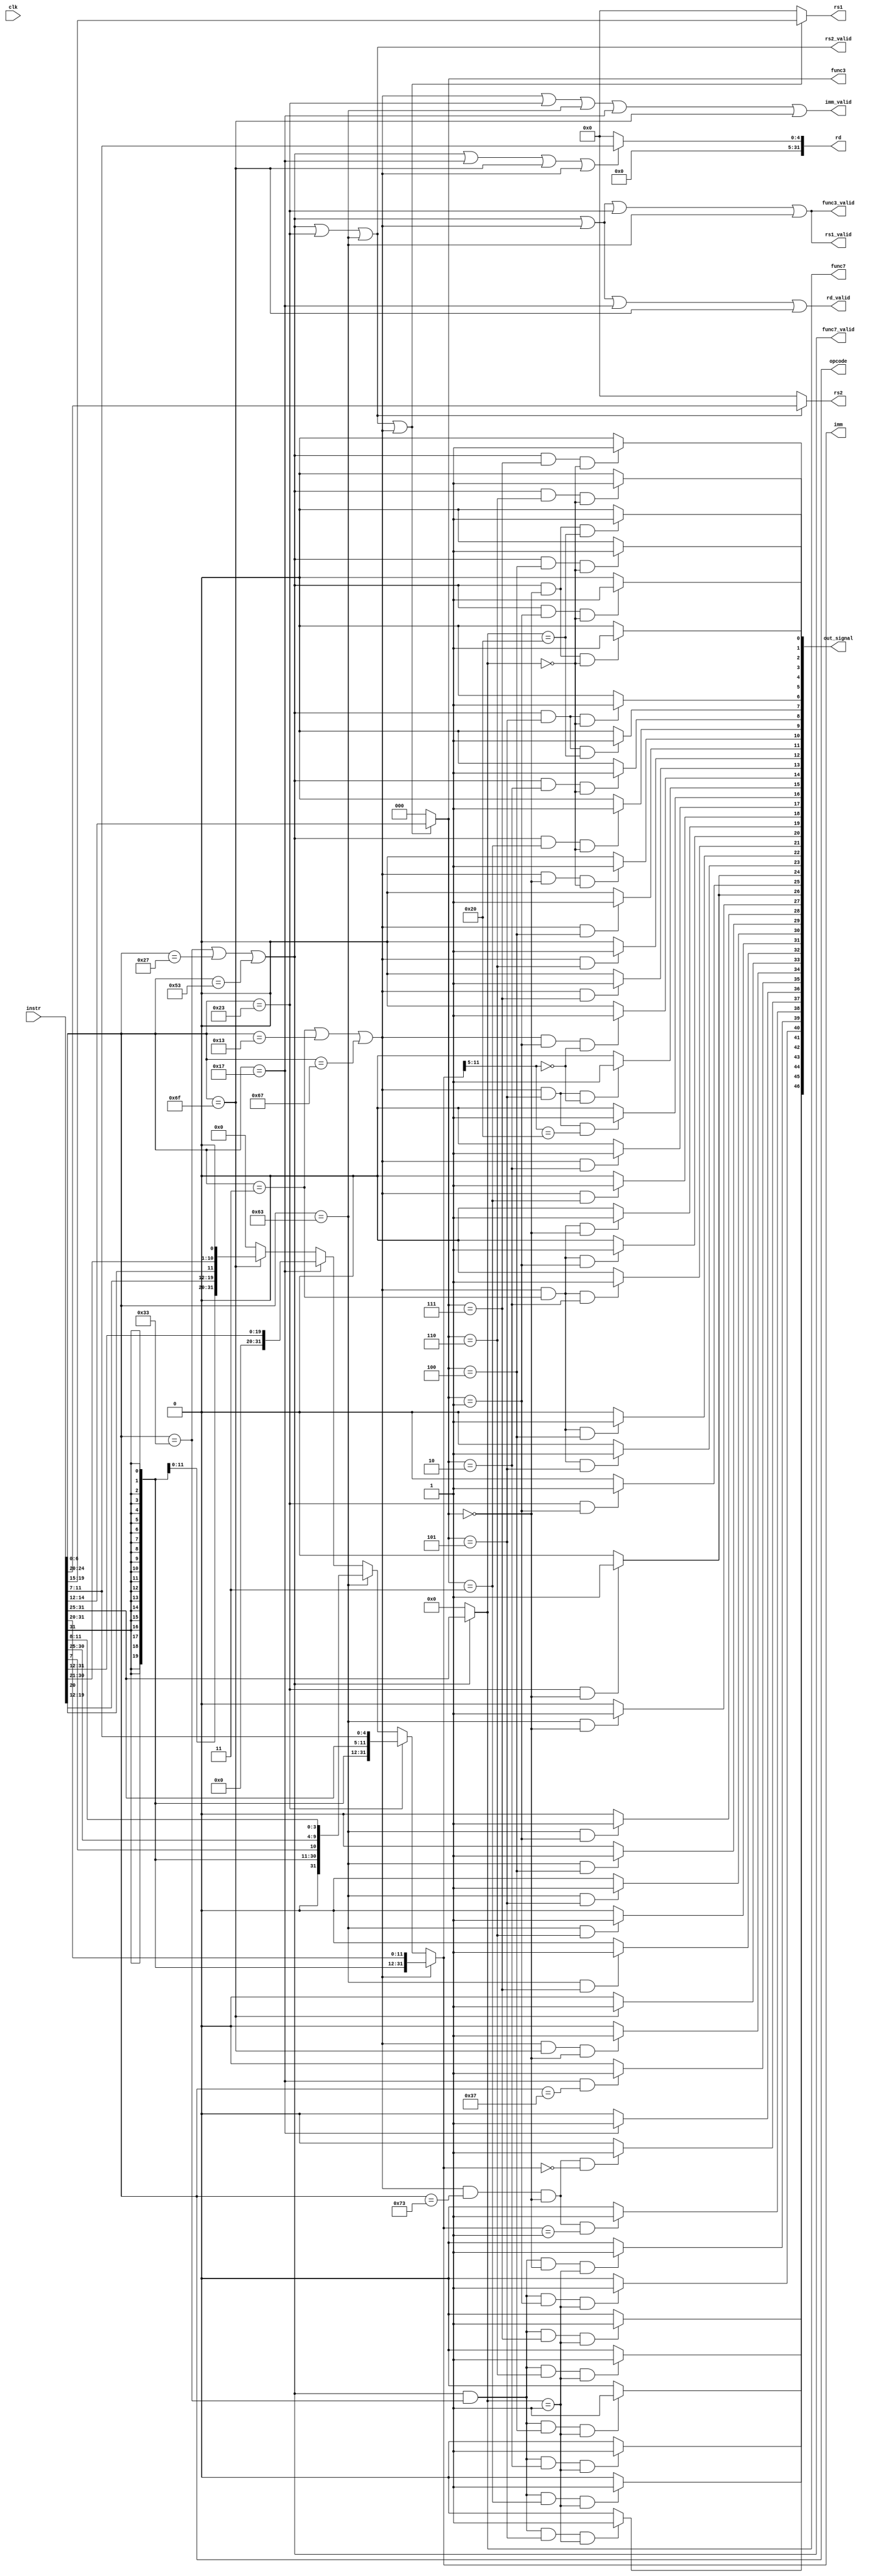

//////////////////////////////////////////////////////////////////////////////////
// Company: 
// Engineer: 
// 
// Design Name: 
// Module Name: decoder
// Project Name: 
// Target Devices: 
// Tool Versions: 
// Description: 
// 
// Dependencies: 
// 
// Revision:
// Revision 0.01 - File Created
// Additional Comments:
// 
//////////////////////////////////////////////////////////////////////////////////


module decoder(
input clk,
   input [31:0] instr,
   output  [4:0] rs2,
   output  [4:0] rs1,
   output [31:0] imm,
   output  [31:0] rd,
   output  [2:0] func3,
   output  [6:0] func7,
   output rd_valid,
   output rs1_valid,
   output rs2_valid,
   output imm_valid,
   output func3_valid,
   output func7_valid,
   output [6:0] opcode,
  output [46:0] out_signal
   
    );

wire  is_r_instr, is_u_instr, is_s_instr, is_b_instr, is_j_instr, is_i_instr;
 


    assign opcode=instr[6:0];
    assign is_i_instr=(instr[6:0]== 7'b0000011)||(instr[6:0]== 7'b0010011)||(instr[6:0]== 7'b1100111);
    assign is_u_instr=(instr[6:0]==7'b0010111);
    assign is_b_instr=(instr[6:0]==7'b1100011);
    assign is_j_instr=(instr[6:0]==7'b1101111);
    assign is_s_instr=(instr[6:0]==7'b0100011);
    assign is_r_instr=(instr[6:0]==7'b0110011)||(instr[6:0]==7'b0100111)||(instr[6:0]==7'b1010011);
    assign rs2= (is_r_instr || is_s_instr || is_b_instr) ? instr[24:20] :  0;
    assign rs1= (is_r_instr || is_s_instr || is_b_instr || is_i_instr) ? instr[19:15]: 0;
    assign rd= (is_r_instr || is_u_instr || is_j_instr || is_i_instr) ? instr[11:7] : 0;
    assign func3= (is_r_instr || is_s_instr || is_b_instr || is_i_instr) ? instr[14:12] : 0;
    assign func7= is_r_instr ? instr[31:25] : 0;

   assign func7_valid= is_r_instr;
   assign rs1_valid=is_r_instr || is_i_instr || is_s_instr || is_b_instr;
   assign rs2_valid= is_r_instr || is_s_instr || is_b_instr; 
   assign rd_valid= is_r_instr || is_i_instr || is_u_instr || is_j_instr;
   assign func3_valid=is_r_instr || is_i_instr || is_s_instr || is_b_instr;
   
   
   assign imm = is_i_instr ? {  {21{instr[31]}},  instr[30:20]  } :
                is_s_instr ? {  {21{instr[31]}},  instr[30:25],  instr[11:7]  } :
                is_b_instr ? {  {20{instr[31]}},  instr[7], instr[30:25], instr[11:8]  } :
                is_u_instr ? {  instr[31:12]  } :
                is_j_instr ? {  {13{instr[31]}},  instr[19:12], instr[20], instr[30:25], instr[24:21], 1'b0  } : 32'b0;
                
   assign imm_valid = is_i_instr || is_s_instr || is_b_instr || is_u_instr || is_j_instr;
   
   // I instructions
  assign out_signal[0]=(is_r_instr&&(func3==3'h0)&&(func7==7'h00))? 1'b1 : 1'b0; //add
  assign out_signal[1]=(is_r_instr&&(func3==3'h0)&&(func7==7'h20))? 1'b1 : 1'b0; //sub
  assign out_signal[2]=(is_r_instr&&(func3==3'h4)&&(func7==7'h00))? 1'b1 : 1'b0; //xor
  assign out_signal[3]=(is_r_instr&&(func3==3'h6)&&(func7==7'h0))? 1'b1 : 1'b0; //or
  assign out_signal[4]=(is_r_instr&&(func3==3'h7)&&(func7==7'h0))? 1'b1 : 1'b0; //and
  assign out_signal[5]=(is_r_instr&&(func3==3'h1)&&(func7==7'h0))? 1'b1 : 1'b0; //sll
  assign out_signal[6]=(is_r_instr&&(func3==3'h5)&&(func7==7'h0))? 1'b1 : 1'b0; //slr
  assign out_signal[7]=(is_r_instr&&(func3==3'h5)&&(func7==7'h20))? 1'b1 : 1'b0; //sra
  assign out_signal[8]=(is_r_instr&&(func3==3'h2)&&(func7==7'h0))? 1'b1 : 1'b0; //slt
  assign out_signal[9]=(is_r_instr&&(func3==3'h3)&&(func7==7'h0))? 1'b1 : 1'b0; //sltu
  
  assign out_signal[10]=(is_i_instr&&(func3==3'h0)&&(func7==7'h0))? 1'b1: 1'b0; //addi
  assign out_signal[11]=(is_i_instr&&(func3==3'h4)) ? 1'b1: 1'b0; //xori
  assign out_signal[12]=(is_i_instr&&(func3==3'h6))? 1'b1: 1'b0; //ori
  assign out_signal[13]=(is_i_instr&&(func3==3'h7))? 1'b1: 1'b0; //andi
  assign out_signal[14]=(is_i_instr&&(func3==3'h1)&&(imm[11:5]==7'h0))? 1'b1: 1'b0;//slli
  assign out_signal[15]=(is_i_instr&&(func3==3'h5)&&(imm[11:5]==7'h0))? 1'b1: 1'b0; //srli
  assign out_signal[16]=(is_i_instr&&(func3==3'h5)&&(imm[11:5]==7'h20))? 1'b1: 1'b0; //srai
  assign out_signal[17]=(is_i_instr&&(func3==3'h2))? 1'b1:1'b0; //slti
  assign out_signal[18]=(is_i_instr&&(func3==3'h3))? 1'b1:1'b0; //sltiu
  
  assign out_signal[19]=(is_i_instr&&(opcode==7'b0000011)&&(func3==3'h0))? 1'b1:1'b0; //lb
  assign out_signal[20]=(is_i_instr&&(opcode==7'b0000011)&&(func3==3'h1))? 1'b1:1'b0; //lh
  assign out_signal[21]=(is_i_instr&&(opcode==7'b0000011)&&(func3==3'h2))? 1'b1:1'b0; //lw
  assign out_signal[22]=(is_i_instr&&(opcode==7'b0000011)&&(func3==3'h4))? 1'b1:1'b0; //lbu
  assign out_signal[23]=(is_i_instr&&(opcode==7'b0000011)&&(func3==3'h5))? 1'b1:1'b0; //lhu
  
  assign out_signal[24]=(is_s_instr&&(func3==3'h0))? 1'b1 : 1'b0; //sb
  assign out_signal[25]=(is_s_instr&&(func3==3'h1))? 1'b1 : 1'b0; //sh
  assign out_signal[26]=(is_s_instr&&(func3==3'h0))? 1'b1 : 1'b0; //sw
  
  assign out_signal[27]=(is_b_instr&&(func3==3'h0))? 1'b1 : 1'b0; //beq
  assign out_signal[28]=(is_b_instr&&(func3==3'h1))? 1'b1 : 1'b0; //bne
  assign out_signal[29]=(is_b_instr&&(func3==3'h4))? 1'b1 : 1'b0; //blt
  assign out_signal[30]=(is_b_instr&&(func3==3'h5))? 1'b1 : 1'b0; //bge
  assign out_signal[31]=(is_b_instr&&(func3==3'h6))? 1'b1 : 1'b0; //bltu
  assign out_signal[32]=(is_b_instr&&(func3==3'h7))? 1'b1 : 1'b0; //bgeu
  
  assign out_signal[33]=(is_j_instr&&(opcode==7'b1101111))? 1'b1 : 1'b0; //jal
  assign out_signal[34]=(is_i_instr&&(opcode==7'b1101111)&&(func3==3'h0))? 1'b1 : 1'b0; //jalr
  
  assign out_signal[35]=(is_u_instr&&(opcode==7'b0110111))? 1'b1 : 1'b0; //lui
  assign out_signal[36]=(is_u_instr&&(opcode==7'b0010111))? 1'b1 : 1'b0; //auipc
  
  assign out_signal[37]=(is_i_instr&&(opcode==7'b1110011)&&(func3==3'h0)&&(imm==3'h0))? 1'b1 :1'b0; //ecall
  assign out_signal[38]=(is_i_instr&&(opcode==7'b1110011)&&(func3==3'h0)&&(imm==3'h1))? 1'b1 :1'b0; //ebreak
  
  
  //M instructions
  assign out_signal[39]=(is_r_instr&&(opcode==7'b0110011)&&(func3==3'h0)&&(func7==7'h01))? 1'b1 :1'b0; //mul
  assign out_signal[40]=(is_r_instr&&(opcode==7'b0110011)&&(func3==3'h1)&&(func7==7'h01))? 1'b1 :1'b0; //mulh
  assign out_signal[41]=(is_r_instr&&(opcode==7'b0110011)&&(func3==3'h2)&&(func7==7'h01))? 1'b1 :1'b0; //mulhsu
  assign out_signal[42]=(is_r_instr&&(opcode==7'b0110011)&&(func3==3'h3)&&(func7==7'h01))? 1'b1 :1'b0; //mulu
  assign out_signal[43]=(is_r_instr&&(opcode==7'b0110011)&&(func3==3'h4)&&(func7==7'h01))? 1'b1 :1'b0; //div
  assign out_signal[44]=(is_r_instr&&(opcode==7'b0110011)&&(func3==3'h5)&&(func7==7'h01))? 1'b1 :1'b0; //divu
  assign out_signal[45]=(is_r_instr&&(opcode==7'b0110011)&&(func3==3'h6)&&(func7==7'h01))? 1'b1 :1'b0; //rem
  assign out_signal[46]=(is_r_instr&&(opcode==7'b0110011)&&(func3==3'h7)&&(func7==7'h01))? 1'b1 :1'b0; //remu   
   
   

endmodule